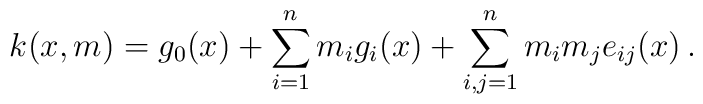
k(x,m)=g_0(x)+\sum_{i=1}^n m_i g_i(x)+\sum_{i,j=1}^n m_i m_je_{ij}(x)\,.